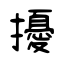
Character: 擾